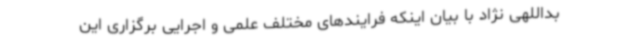
بداللهی نژاد با بیان اینکه فرایندهای مختلف علمی و اجرایی برگزاری این